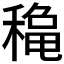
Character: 𥡄